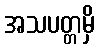
အသပတ္တမှိ